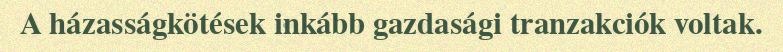
A házasságkötések inkább gazdasági tranzakciók voltak.